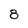
Character: 8